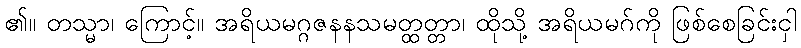
၏။ တသ္မာ၊ ကြောင့်။ အရိယမဂ္ဂဇနနသမတ္ထတ္တာ၊ ထိုသို့ အရိယမဂ်ကို ဖြစ်စေခြင်းငှါ